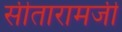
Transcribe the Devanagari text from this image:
सीतारामजी